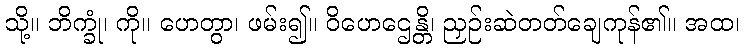
သို့။ ဘိက္ခုံ၊ ကို။ ဟေတွာ၊ ဖမ်း၍။ ဝိဟေဌေန္တိ၊ ညှဉ်းဆဲတတ်ချေကုန်၏။ အထ၊